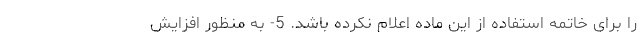
را برای خاتمه استفاده از این ماده اعلام نکرده باشد. 5- به منظور افزایش